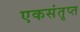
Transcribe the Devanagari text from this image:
एकसंतृप्त